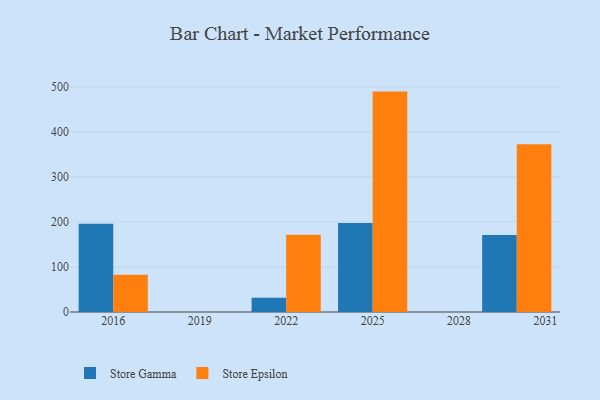
{"axis": {"x": "Year", "y": "Backlog"}, "legend": ["Store Epsilon", "Store Gamma"], "data": [{"x": "2016", "y": 195.8, "type": "Store Gamma"}, {"x": "2016", "y": 82.9, "type": "Store Epsilon"}, {"x": "2022", "y": 31.8, "type": "Store Gamma"}, {"x": "2022", "y": 171.4, "type": "Store Epsilon"}, {"x": "2025", "y": 197.3, "type": "Store Gamma"}, {"x": "2025", "y": 489.1, "type": "Store Epsilon"}, {"x": "2030", "y": 171.1, "type": "Store Gamma"}, {"x": "2030", "y": 372.5, "type": "Store Epsilon"}]}